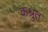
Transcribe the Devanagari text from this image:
कश्रुत